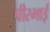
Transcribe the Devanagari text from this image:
पीरभाई